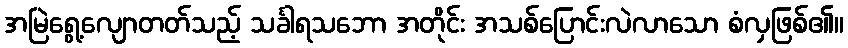
အမြဲရွေ့လျောတတ်သည့် သင်္ခါရသဘော အတိုင်း အသစ်ပြောင်းလဲလာသော စံလှဖြစ်၏။